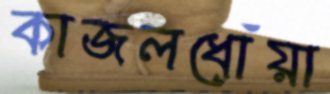
কাজলধোঁয়া